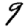
Digit: 9